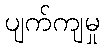
ပျက်ကျမှု